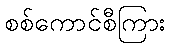
စစ်ကောင်စီကြား